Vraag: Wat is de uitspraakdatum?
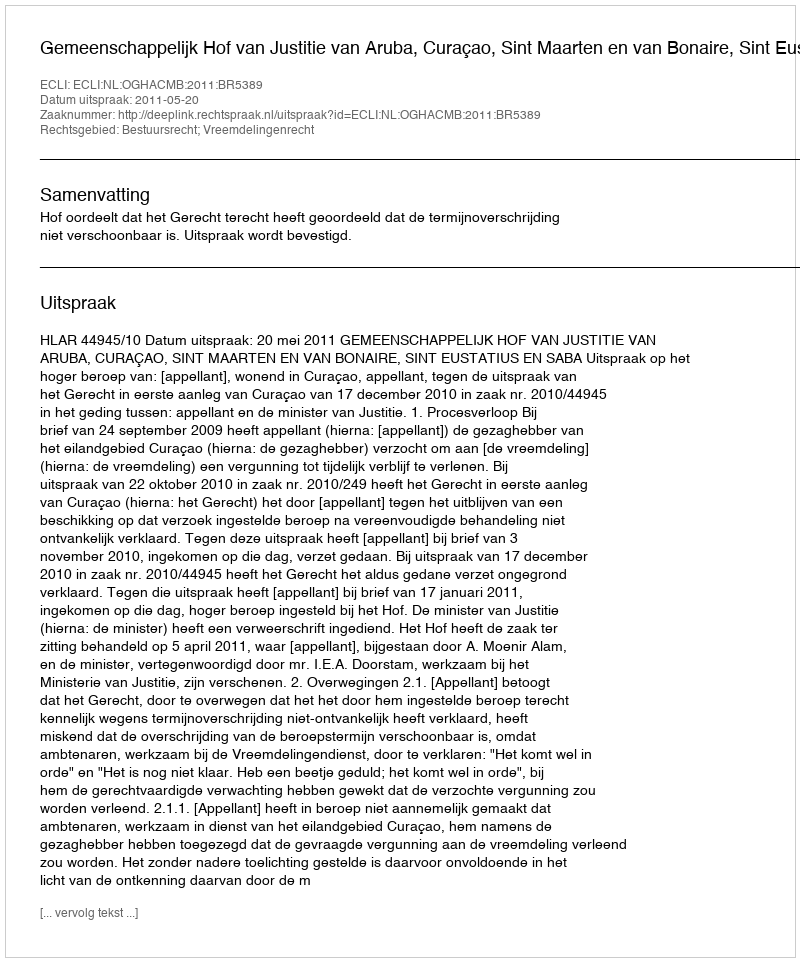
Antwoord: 2011-05-20